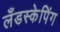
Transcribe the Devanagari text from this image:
लँडस्केपिंग